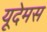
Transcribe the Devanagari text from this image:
यूदेमस